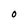
Character: O